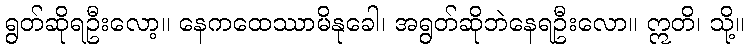
ရွတ်ဆိုရဦးလော့။ နေကထေဿာမိနုခေါ၊ အရွတ်ဆိုဘဲနေရဦးလော။ ဣတိ၊ သို့။